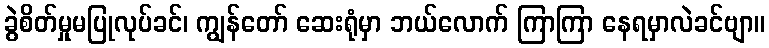
ခွဲစိတ်မှုမပြုလုပ်ခင်၊ ကျွန်တော် ဆေးရုံမှာ ဘယ်လောက် ကြာကြာ နေရမှာလဲခင်ဗျာ။